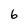
Character: 6